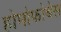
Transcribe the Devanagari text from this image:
होमोफोबेस